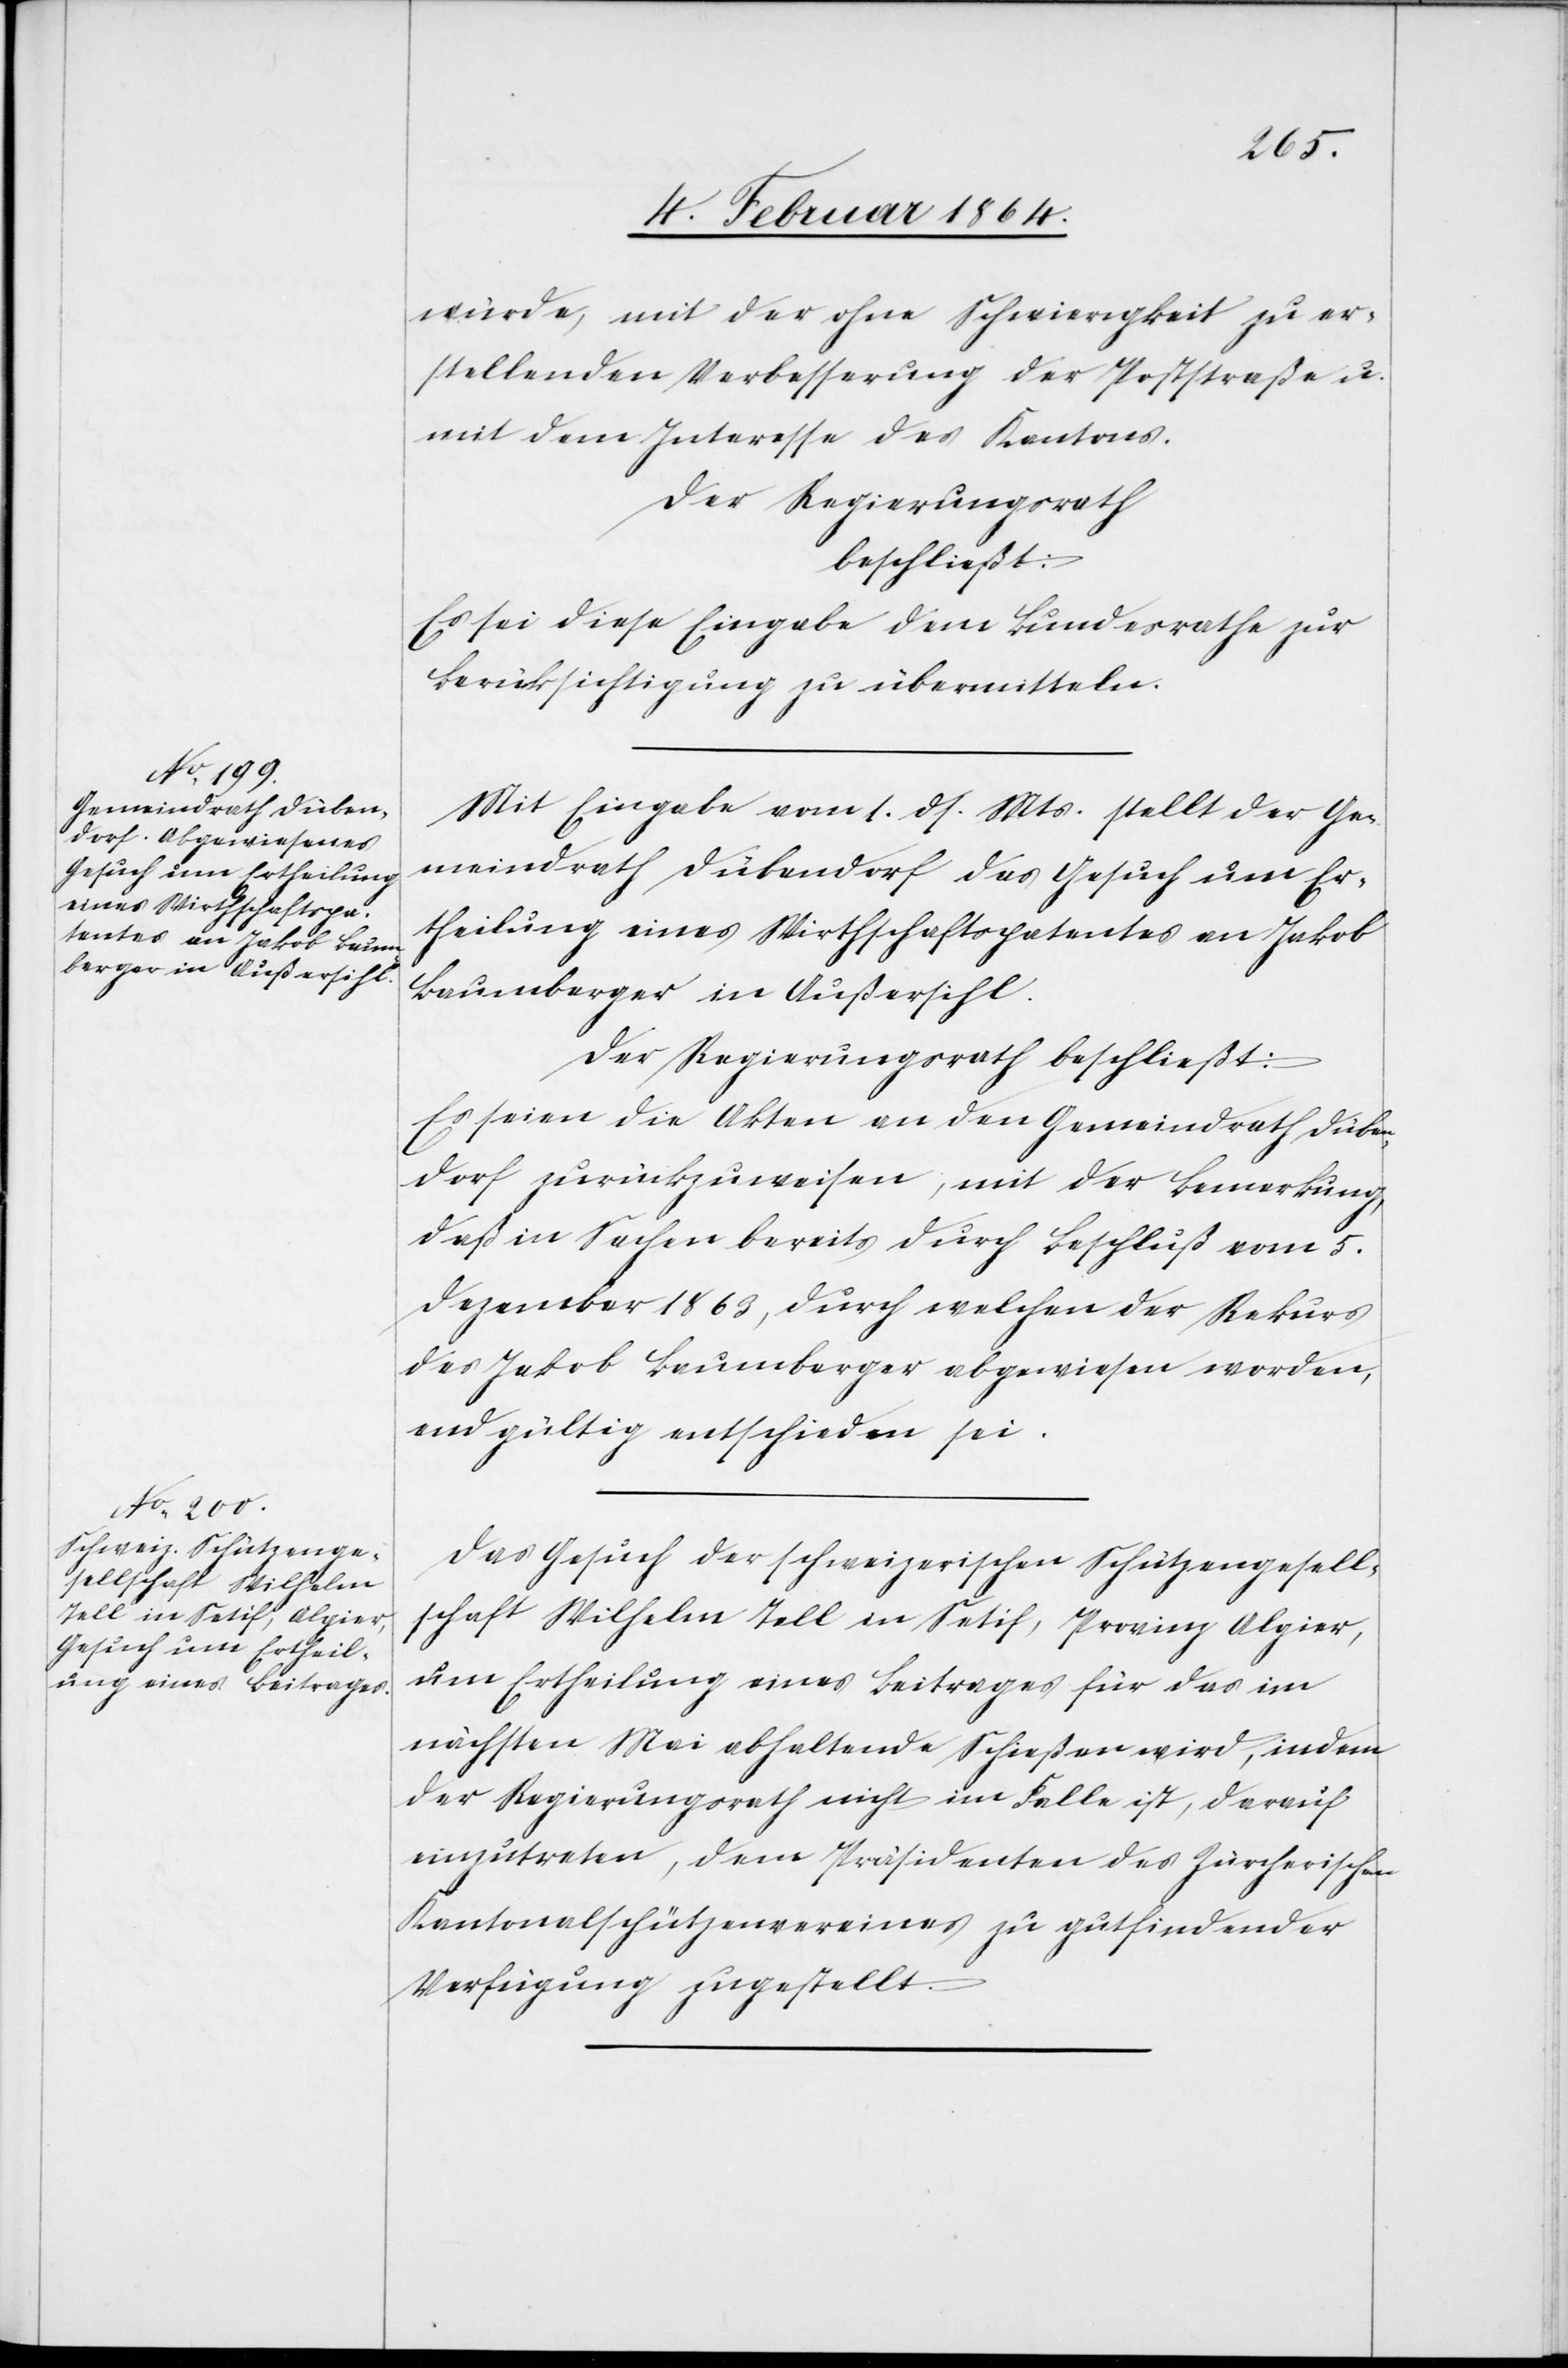
würde, mit der ohne Schwierigkeit zu er¬
stellenden Verbesserung der Poststraße u.
mit dem Interesse des Kantons.
Der Regierungsrath
beschließt:
Es sei diese Eingabe dem Bundesrathe zur
Berücksichtigung zu übermitteln.
Mit Eingabe vom 1. ds. Mts. stellt der Ge¬
meindrath Dübendorf das Gesuch um Er¬
theilung eines Wirthschaftspatentes an Jakob
Baumberger in Außersihl.
Der Regierungsrath beschließt:
Es seien die Akten an den Gemeindrath Düben¬
dorf zurückzuweisen mit der Bemerkung,
daß in Sachen bereits durch Beschluß vom 5.
Dezember 1863, durch welchen der Rekurs
des Jakob Baumberger abgewiesen worden,
endgültig entschieden sei.
Das Gesuch der schweizerischen Schützengesell¬
schaft Wilhelm Tell in Setif, Provinz Algier,
um Ertheilung eines Beitrages für das im
nächsten Mai abhaltende Schießen wird, indem
der Regierungsrath nicht im Falle ist, darauf
einzutreten, dem Präsidenten des Zürcherischen
Kantonalschützenvereines zu gutfindender
Verfügung zugestellt.